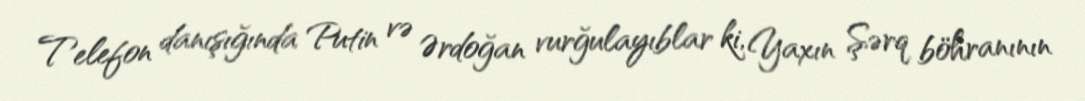
Telefon danışığında Putin və Ərdoğan vurğulayıblar ki, Yaxın Şərq böhranının